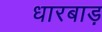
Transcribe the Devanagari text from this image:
धारबाड़